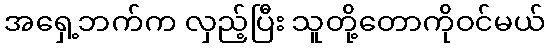
အရှေ့ဘက်က လှည့်ပြီး သူတို့တောကိုဝင်မယ်